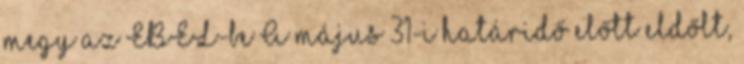
megy az EBEL-be A május 31-i határidő előtt eldőlt,